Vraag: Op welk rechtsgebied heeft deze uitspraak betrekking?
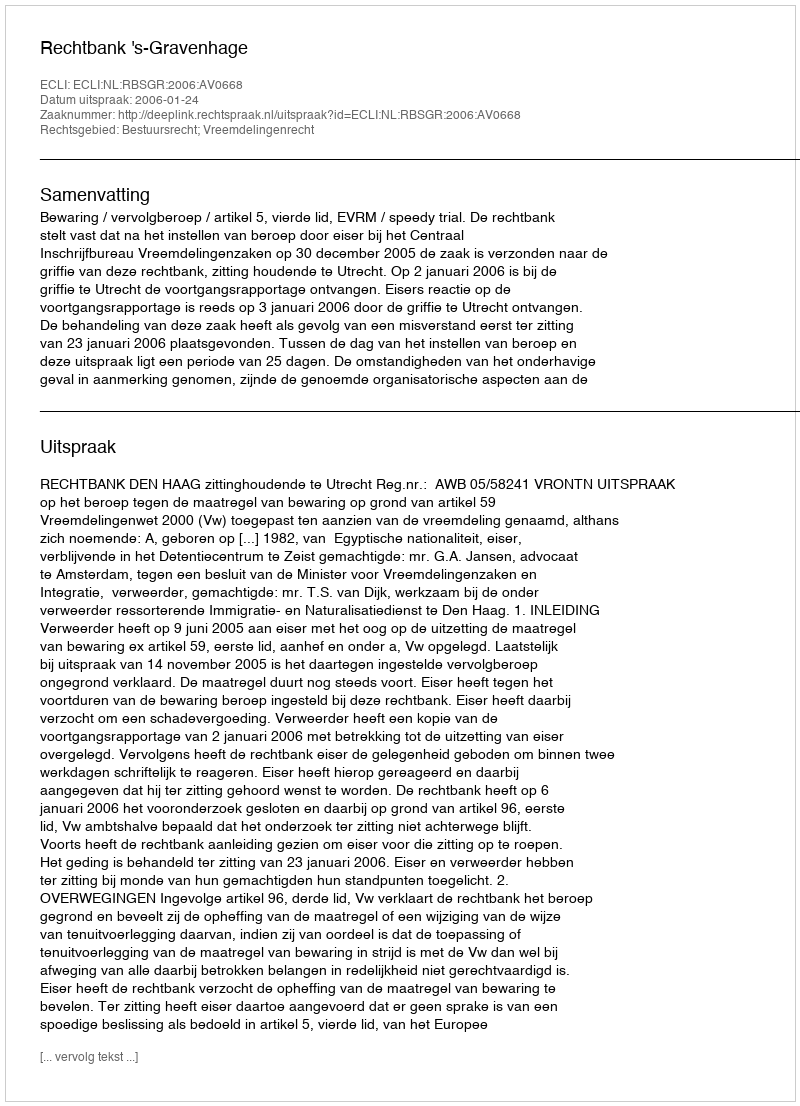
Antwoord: Bestuursrecht; Vreemdelingenrecht